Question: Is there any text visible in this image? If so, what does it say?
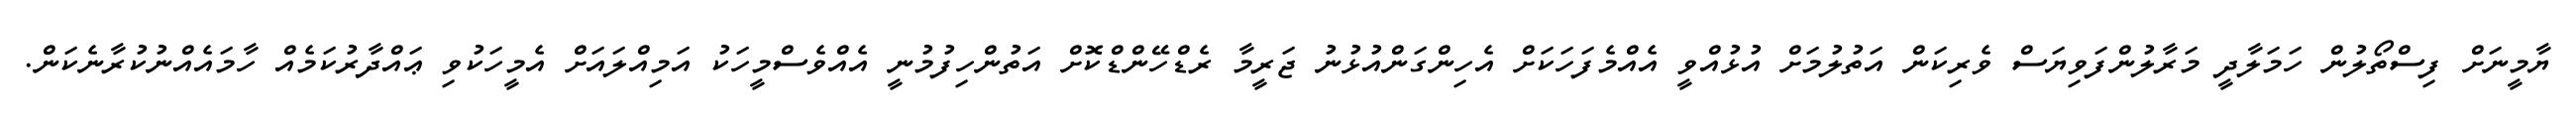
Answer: ޔާމީނަށް ފިސްތޯލުން ހަމަލާދީ މަރާލުންފަވިޔަސް ވެރިކަން އަތުލުމަށް އުޅުއްވީ އެއްމެފަހަކަށް އެހިންގަންއުޅުނު ޖަރީމާ ރެޑްހޭންޑްކޮށް އަތުންހިފުމުނީ އެއްވެސްމީހަކު އަމިއްލައަށް އެމީހަކުވި ޢައްދާރުކަމެއް ހާމައެއްނުކުރާނެކަން.